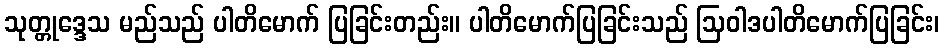
သုတ္တုဒ္ဒေသ မည်သည် ပါတိမောက် ပြခြင်းတည်း။ ပါတိမောက်ပြခြင်းသည် ဩဝါဒပါတိမောက်ပြခြင်း၊